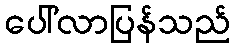
ပေါ်လာပြန်သည်